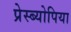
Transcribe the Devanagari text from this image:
प्रेस्ब्योपिया